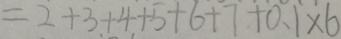
= 2 + 3 + 4 + 5 + 6 + 7 + 0 . 1 \times 6